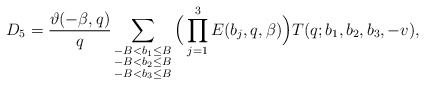
\begin{align*}D_5=\frac{\vartheta(-\beta,q)}{q}\sum_{\substack{-B<b_1\le B\\ -B<b_2\le B \\ -B<b_3\le B}}\Big(\prod_{j=1}^3E(b_j,q,\beta)\Big)T(q;b_1,b_2,b_3,-v),\end{align*}